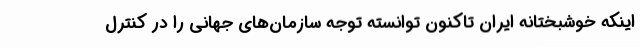
اینکه خوشبختانه ایران تاکنون توانسته توجه سازمان‌های جهانی را در کنترل